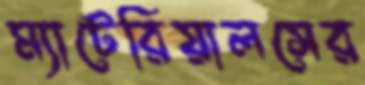
ম্যাটেরিয়ালসের